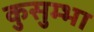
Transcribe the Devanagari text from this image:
कुसुम्भा